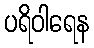
ပရိဝါရေန